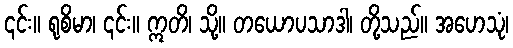
၎င်း။ ရုစိမာ၊ ၎င်း။ ဣတိ၊ သို့။ တယောပသာဒါ၊ တို့သည်။ အဟေသုံ၊